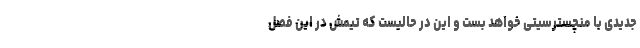
جدیدی با منچسترسیتی خواهد بست و این در حالیست که تیمش در این فصل